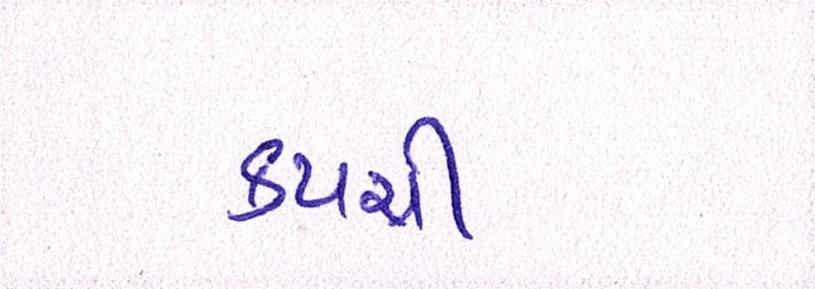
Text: કપચી